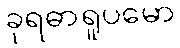
ခုရဓာရူပမော